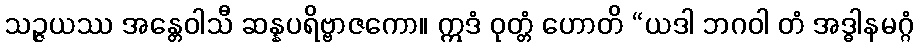
သဉ္ဇယဿ အန္တေဝါသီ ဆန္နပရိဗ္ဗာဇကော။ ဣဒံ ဝုတ္တံ ဟောတိ “ယဒါ ဘဂဝါ တံ အဒ္ဓါနမဂ္ဂံ